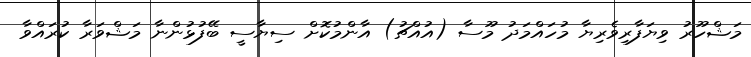
މަޝްހޫރު ވިޔަފާރިވެރިޔާ މުހައްމަދު މޫސާ (އުއްޗު) އާންމުކޮށް ސިޔާސީ ބޭފުޅުންނާ މަޝްވަރާ ކުރައްވާ